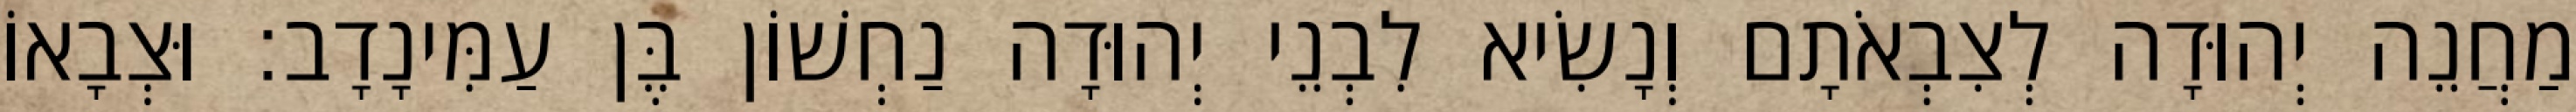
מַחֲנֵה יְהוּדָה לְצִבְאֹתָם וְנָשִׂיא לִבְנֵי יְהוּדָה נַחְשׁוֹן בֶּן עַמִּינָדָב׃ וּצְבָאוֹ